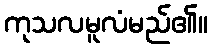
ကုသလမူလံမည်၏။